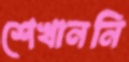
শেখাননি